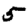
Digit: 5